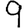
Digit: 9